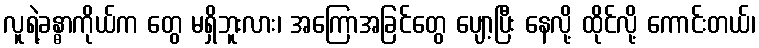
လူရဲ့ခန္ဓာကိုယ်က တွေ မရှိဘူးလား၊ အကြောအခြင်တွေ ပျော့ပြီး နေလို့ ထိုင်လို့ ကောင်းတယ်၊